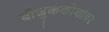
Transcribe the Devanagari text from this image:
बीजुककोशांवर